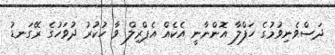
ދަސްވެނިވުމުގެ ހަފްލާ އޮންނާނީ އެކެއް އެޕްރިލް ވާ ހުކުރު ދުވަހުގެ ރޭގަނޑު